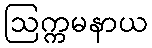
ဩက္ကမနာယ